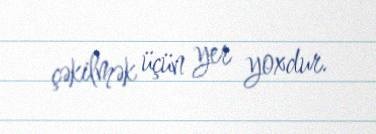
çəkilmək üçün yer yoxdur.